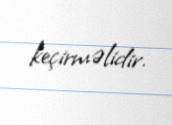
keçirməlidir.